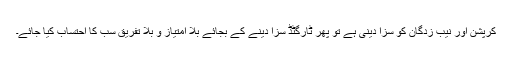
کرپشن اور نیب زدگان کو سزا دینی ہے تو پھر ٹارگٹڈ سزا دینے کے بجائے بلا امتیاز و بلا تفریق سب کا احتساب کیا جائے۔